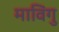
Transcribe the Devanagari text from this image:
माविंगु